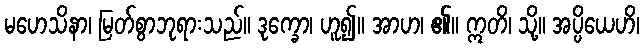
မဟေသိနာ၊ မြတ်စွာဘုရားသည်။ ဒုက္ခော၊ ဟူ၍။ အာဟ၊ ၏။ ဣတိ၊ သို့။ အပ္ပိယေဟိ၊